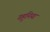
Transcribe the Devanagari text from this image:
गहुनिया